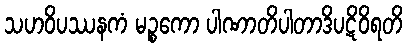
သဟဝိပဿနကံ မဉ္စကော ပါဏာတိပါတာဒိပဋိဝိရတိ